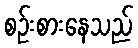
စဉ်းစားနေသည်